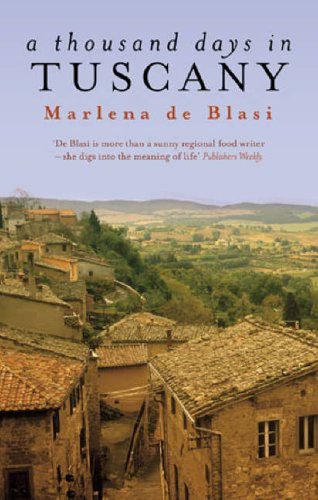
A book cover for A Thousand Days in Tuscany: A Bittersweet Romance; Marlena De Blasi; Romance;